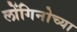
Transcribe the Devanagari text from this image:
लोंगिनोच्या